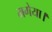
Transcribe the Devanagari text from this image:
मगेया।